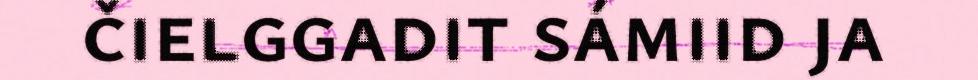
čielggadit sámiid ja